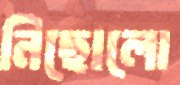
নিছোলো